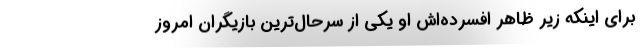
برای اینکه زیر ظاهر افسرده‌اش او یکی از سرحال‌ترین بازیگران امروز